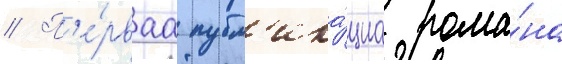
// П'е́рваа публ'ика́циа рома́на